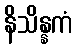
နိသိန္နကံ